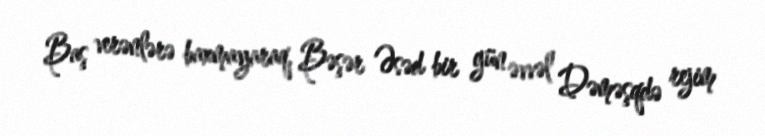
Baş verənlərə baxmayaraq, Bəşər Əsəd bir gün əvvəl Dəməşqdə rejim